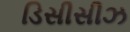
ડિસીસીઝ